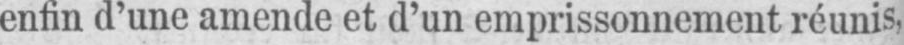
enfin d’une amende et d’un emprissonnement réunis,